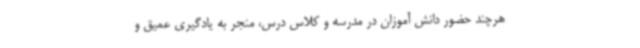
هرچند حضور دانش آموزان در مدرسه و کلاس درس، منجر به یادگیری عمیق و